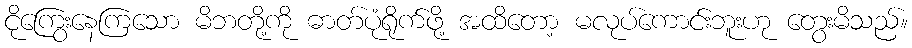
ငိုကြွေးနေကြသော မိဘတို့ကို ဓာတ်ပုံရိုက်ဖို့ အထိတော့ မလုပ်ကောင်းဘူးဟု တွေးမိသည်။